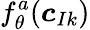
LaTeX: f_{\theta}^{a}({\boldsymbol{c}}_{Ik})